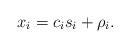
LaTeX: \begin{align*} x_i = c_i s_i + \rho_i. \end{align*}